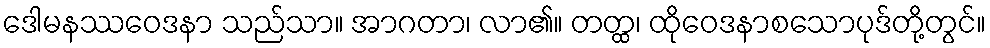
ဒေါမနဿဝေဒနာ သည်သာ။ အာဂတာ၊ လာ၏။ တတ္ထ၊ ထိုဝေဒနာစသောပုဒ်တို့တွင်။